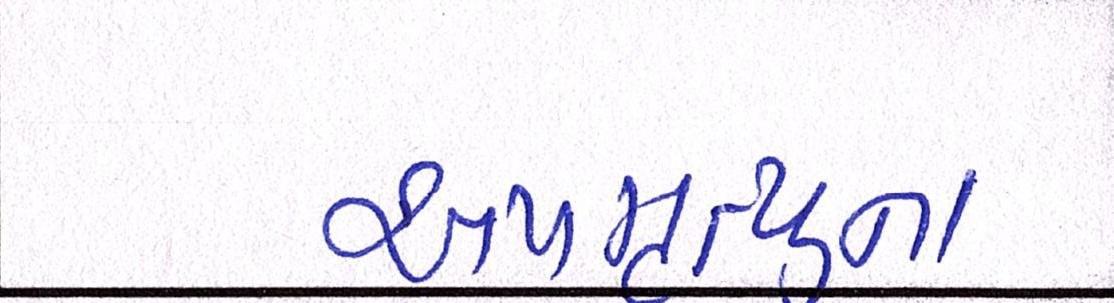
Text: અપમૃત્યુના